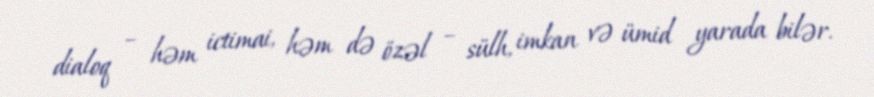
dialoq – həm ictimai, həm də özəl – sülh, imkan və ümid yarada bilər.